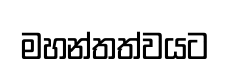
මහන්තත්වයට